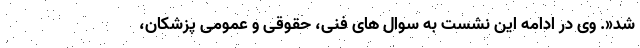
شد«. وی در ادامه این نشست به سوال های فنی، حقوقی و عمومی پزشکان،